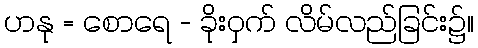
ဟနု = စောရေ - ခိုးဝှက် လိမ်လည်ခြင်း၌။